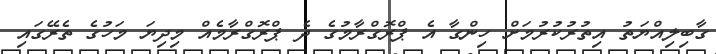
ގާބިލިއްޔަތު އިތުރުކުރުމަށް ހިންގާ އެ ޕްރޮގްރާމުގެ ދެ ޕްރޮގްރާމެއް މިދިޔަ މަހުގެ ތެރޭގައި